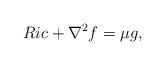
LaTeX: \begin{align*} Ric + \nabla^2 f = \mu g, \end{align*}